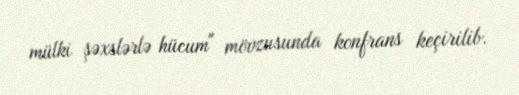
mülki şəxslərlə hücum" mövzusunda konfrans keçirilib.